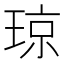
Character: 琼